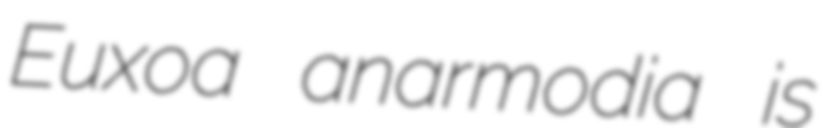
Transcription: Euxoa anarmodia is